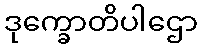
ဒုက္ခောတိပါဌော